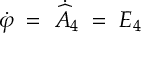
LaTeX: \dot { \varphi } \; = \; \dot { \widehat { A } } _ { 4 } \; = \; E _ { 4 }